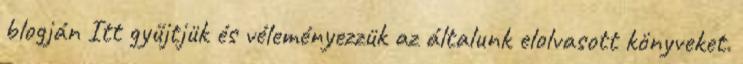
blogján Itt gyűjtjük és véleményezzük az általunk elolvasott könyveket.